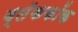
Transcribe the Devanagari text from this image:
ब्लॅककॉक